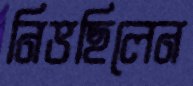
নিভছিলেন